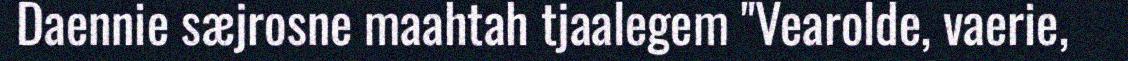
Daennie sæjrosne maahtah tjaalegem "Vearolde, vaerie,